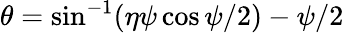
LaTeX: \theta=\sin^{-1}(\eta\psi\cos\psi/2)-\psi/2